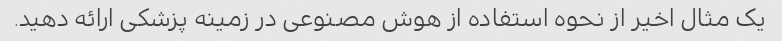
یک مثال اخیر از نحوه استفاده از هوش مصنوعی در زمینه پزشکی ارائه دهید.